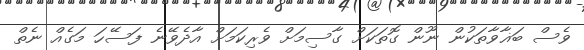
ވެސް ބަޣާވާތަކުން ނޫން ގޮތަކަށް ގާސިމަށް ވެރިކަމަށް އާދެވޭނެ ފަސޭހަ މަގެއް ނެތް